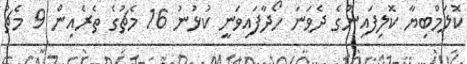
ކޮލަމްބިޔާ ކޮލިފައިންގެ ދެވަނަ ހޯދާފައިވަނީ ކުޅުނު 16 މެޗުގެ ތެރެއިން 9 މެޗު